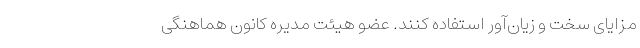
مزایای سخت و زیان‌آور استفاده کنند. عضو هیئت مدیره کانون هماهنگی